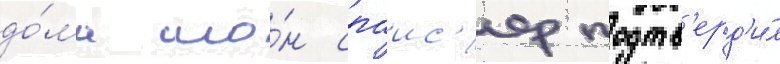
до́ма шо́н спаис'ер подтв'ерд'и́л